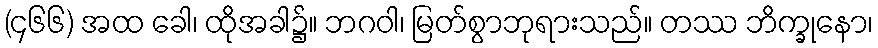
(၄၆၆) အထ ခေါ၊ ထိုအခါ၌။ ဘဂဝါ၊ မြတ်စွာဘုရားသည်။ တဿ ဘိက္ခုနော၊